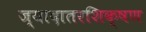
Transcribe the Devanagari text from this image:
ज्यादातरशिक्षण